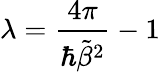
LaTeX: \lambda=\frac{4\pi}{\hbar\tilde{\beta}^{2}}-1